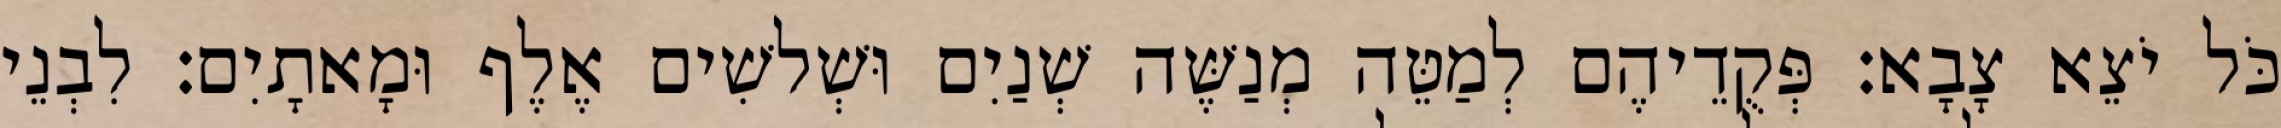
כֹּל יֹצֵא צָבָא׃ פְּקֻדֵיהֶם לְמַטֵּה מְנַשֶּׁה שְׁנַיִם וּשְׁלשִׁים אֶלֶף וּמָאתָיִם׃ לִבְנֵי